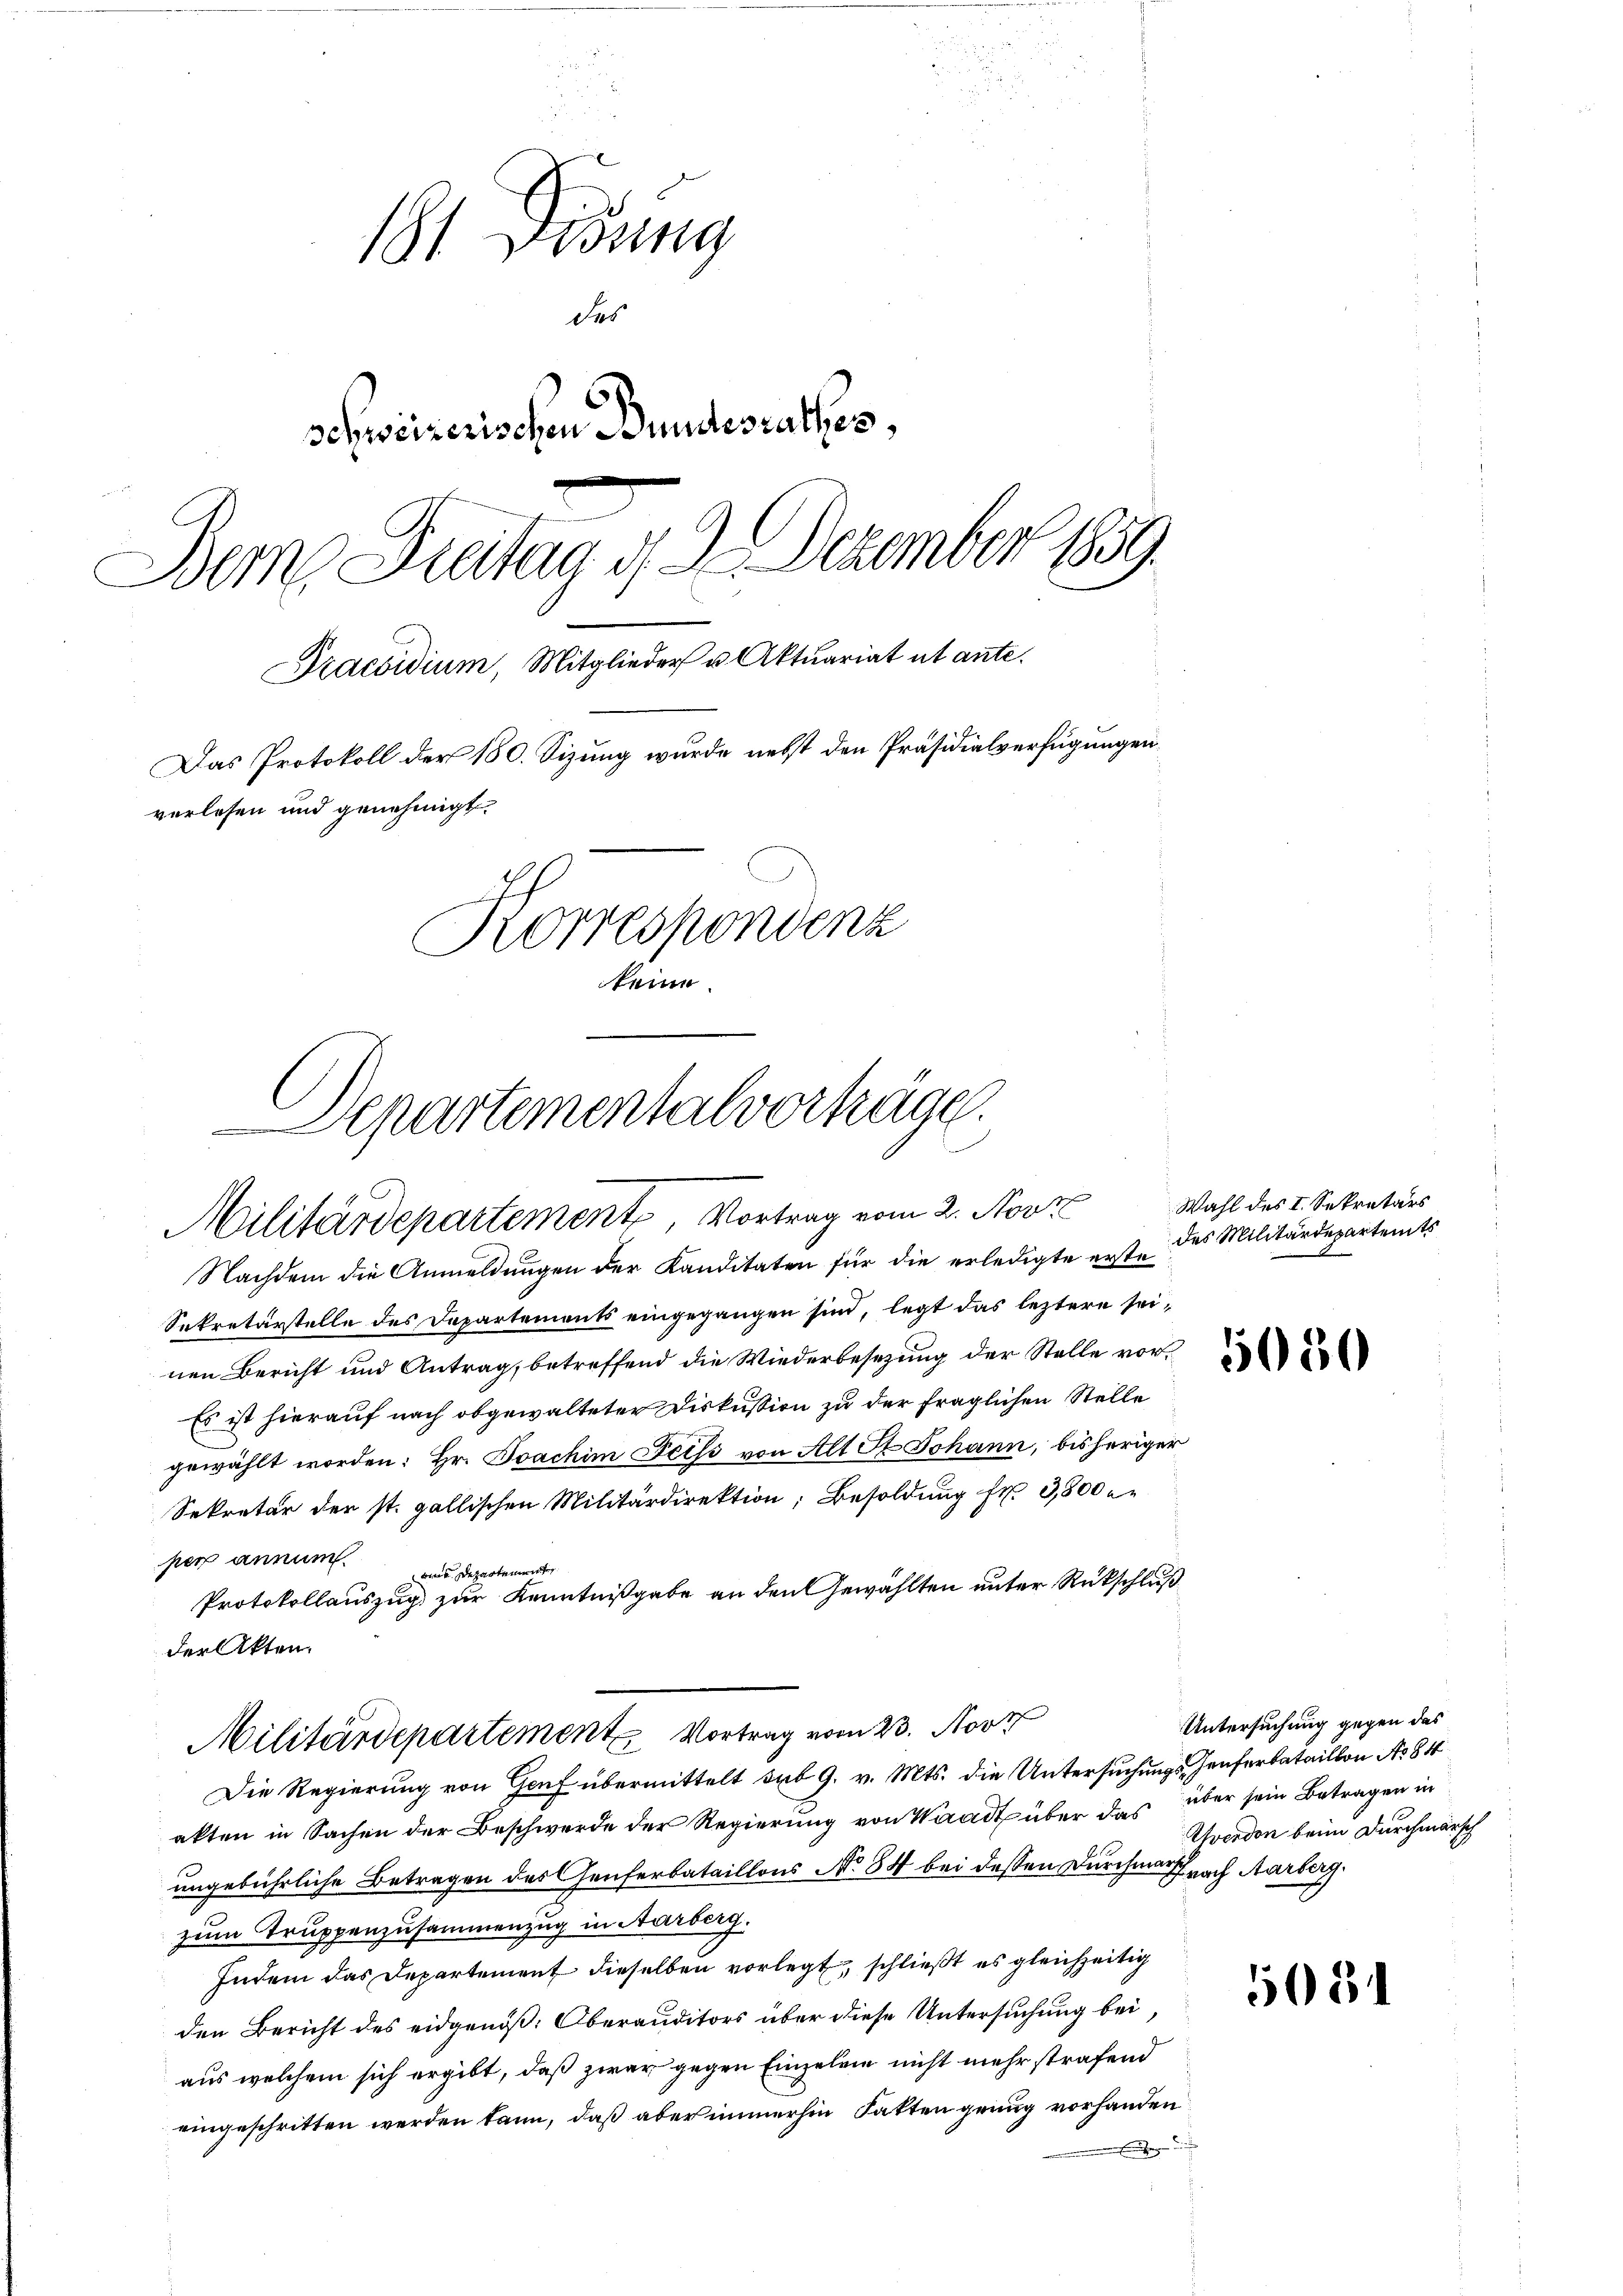
11 Dedung
des
schweizerischen Bundesrathes,
Bem Freitag d. 9. Dezember 1859.
Praesidium, Mitglieder u. Aktuariat ut ante.
Das Protokoll der 180. Sizung wurde nebst den Präsidialverfügungen
verlesen und genehmigt.
Korrespondenz
Se

Separtementalverträge.
e
Militärdepartement, Vortrag vom 2. Nove

Nachdem die Anmeldungen der Kanditäten für die erledigte erste
Sekretärstelle des Departements eingegangen sind, legt das leztere seinen Bericht und Antrag, betreffend die Wiederbesezung der Stelle vor¬
Es ist hierauf nach obgewalteter Diskussion zu der fraglichen Stelle
gewählt worden: Hr. Joachim Beiss von Alt St. Johann, bisheriger
Sekretär der st. gallischen Militärdirektion; Besoldung fr. 3,800 M.
per annum.
 Departeme
Protokollauszug zur Kenntnißgabe an den Gewählten unter Rückschluß
der Akten.
Militärdepartement Vortrag vom 23. Nove
Die Regierung von Genf übermittelt sub 9. v. Mts. die Untersuchungs-Genferbataillon No 84
akten in Sachen der Beschwerde der Regierung von Waadt über das über sein Betragen in
ungebührliche Betragen des Genferbataillons No 84 bei dessen Durchmarsch nach Aarberg
zum Truppenzusammenzug in Aarberg.
Indem das Departement dieselben vorlegt, schließt es gleichzeitig
den Bericht des eidgenöß: Oberauditors über diese Untersuchung bei,
aus welchem sich ergibt, daß zwar gegen Einzelei nicht mehr strafend
eingeschritten werden kann, daß aber immerhin Fakten genug vorhanden

Wahl des I. Sekretärs
des Militärdepartemts

5050

Untersuchung gegen das
Yverdon beim Durchmarsch

108